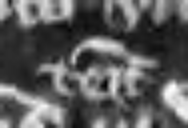
tenementis